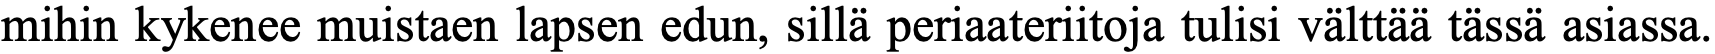
mihin kykenee muistaen lapsen edun, sillä periaateriitoja tulisi välttää tässä asiassa.